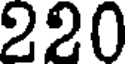
220